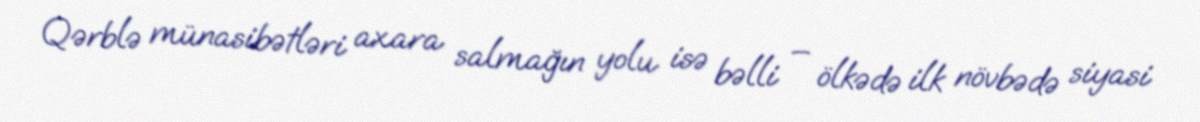
Qərblə münasibətləri axara salmağın yolu isə bəlli – ölkədə ilk növbədə siyasi